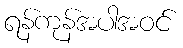
ရန်ကုန်အပါအဝင်